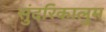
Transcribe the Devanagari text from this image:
सुंदरिकालुम